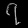
Digit: ၇